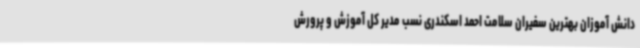
دانش آموزان بهترین سفیران سلامت احمد اسکندری نسب مدیر کل آموزش و پرورش